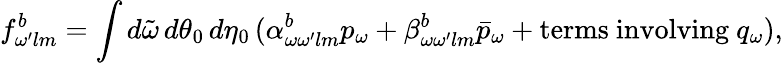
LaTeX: f_{\omega^{\prime}lm}^{b}=\int d\tilde{\omega}\, d\theta_{0}\, d\eta_{0}\, (\alpha_{\omega\omega^{\prime}lm}^{b}p_{\omega}+\beta_{\omega\omega^{\prime}lm}^{b}\bar{p}_{\omega}+\mathrm{terms~involving~}q_{\omega}),